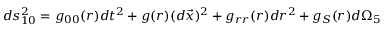
d s _ { 1 0 } ^ { 2 } = g _ { 0 0 } ( r ) d t ^ { 2 } + g ( r ) ( d \vec { x } ) ^ { 2 } + g _ { r r } ( r ) d r ^ { 2 } + g _ { S } ( r ) d \Omega _ { 5 }